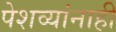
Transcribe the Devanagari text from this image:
पेशव्यांनाही